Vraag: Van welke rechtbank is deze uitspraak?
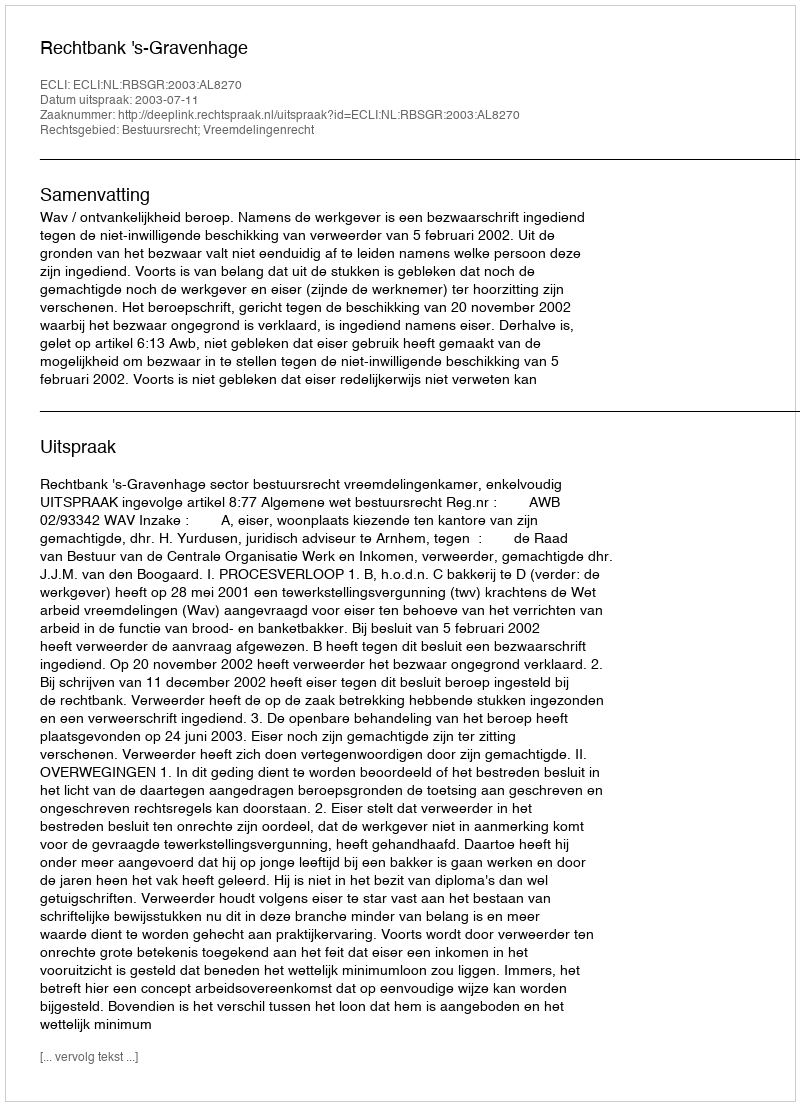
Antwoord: Rechtbank 's-Gravenhage